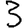
Digit: 3